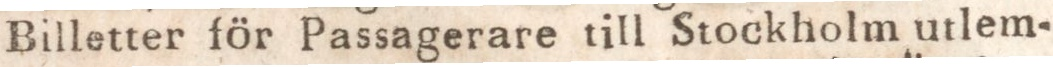
Billetter för Passagerare till Stockholm utlem-